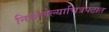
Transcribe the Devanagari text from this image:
निघालेल्याचित्रपटात